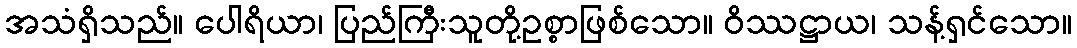
အသံရှိသည်။ ပေါရိယာ၊ ပြည်ကြီးသူတို့ဥစ္စာဖြစ်သော။ ဝိဿဋ္ဌာယ၊ သန့်ရှင်သော။